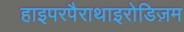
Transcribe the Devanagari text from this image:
हाइपरपैराथाइरोडिज़म